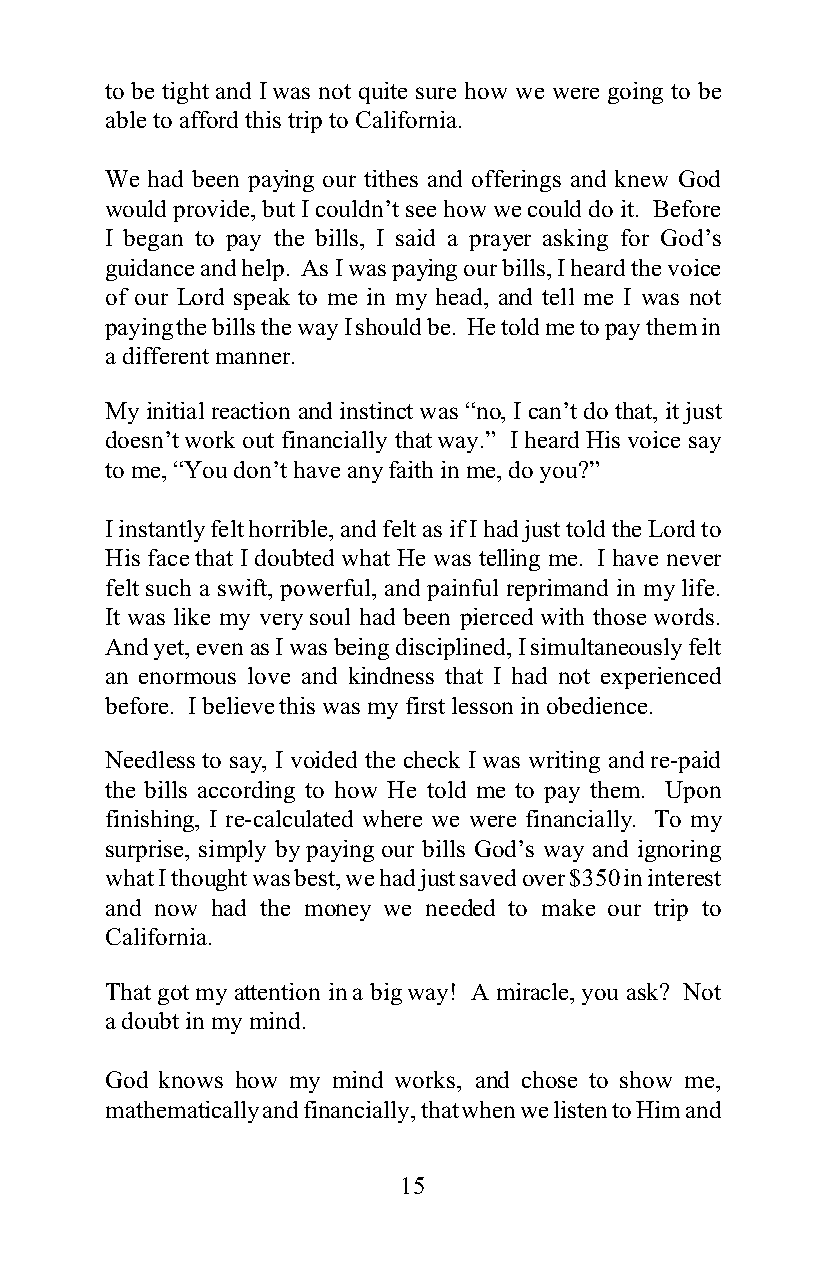
to be tight and I was not quite sure how we were going to be
 able to afford this trip to California.
 We had been paying our tithes and offerings and knew God
 would provide, but I couldn’t see how we could do it. Before
 I began to pay the bills, I said a prayer asking for God’s
 guidance and help. As I was paying our bills, I heard the voice
 of our Lord speak to me in my head, and tell me I was not
 paying the bills the way I should be. He told me to pay them in
 a different manner.
 My initial reaction and instinct was “no, I can’t do that, it just
 doesn’t work out financially that way.” I heard His voice say
 to me, “You don’t have any faith in me, do you?”
 I instantly felt horrible, and felt as if I had just told the Lord to
 His face that I doubted what He was telling me. I have never
 felt such a swift, powerful, and painful reprimand in my life.
 It was like my very soul had been pierced with those words.
 And yet, even as I was being disciplined, I simultaneously felt
 an enormous love and kindness that I had not experienced
 before. I believe this was my first lesson in obedience.
 Needless to say, I voided the check I was writing and re-paid
 the bills according to how He told me to pay them. Upon
 finishing, I re-calculated where we were financially. To my
 surprise, simply by paying our bills God’s way and ignoring
 what I thought was best, we had just saved over $350 in interest
 and now had the money we needed to make our trip to
 California.
 That got my attention in a big way! A miracle, you ask? Not
 a doubt in my mind.
 God knows how my mind works, and chose to show me,
 mathematically and financially, that when we listen to Him and
 15